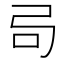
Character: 𫸧